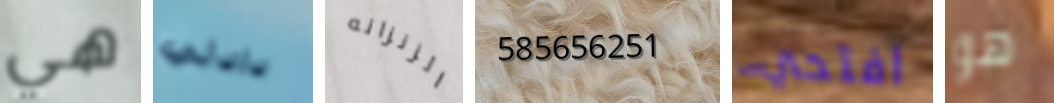
هي دادلي الزنزانه 585656251 افتحي هو